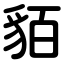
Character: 貊